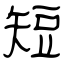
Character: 短